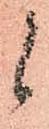
候